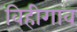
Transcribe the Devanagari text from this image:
विहीगाव